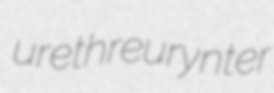
urethreurynter